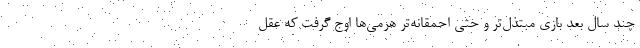
چند سال بعد بازی مبتذل‌تر و حتی احمقانه‌تر هرمی‌ها اوج گرفت که عقل